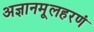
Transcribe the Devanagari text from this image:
अज्ञानमूलहरणं